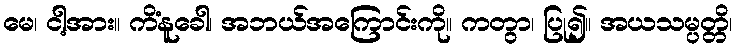
မေ၊ ငါ့အား။ ကိံနူခေါ၊ အဘယ်အကြောင်းကို။ ကတွာ၊ ပြု၍။ အယသမ္ပတ္တိ၊